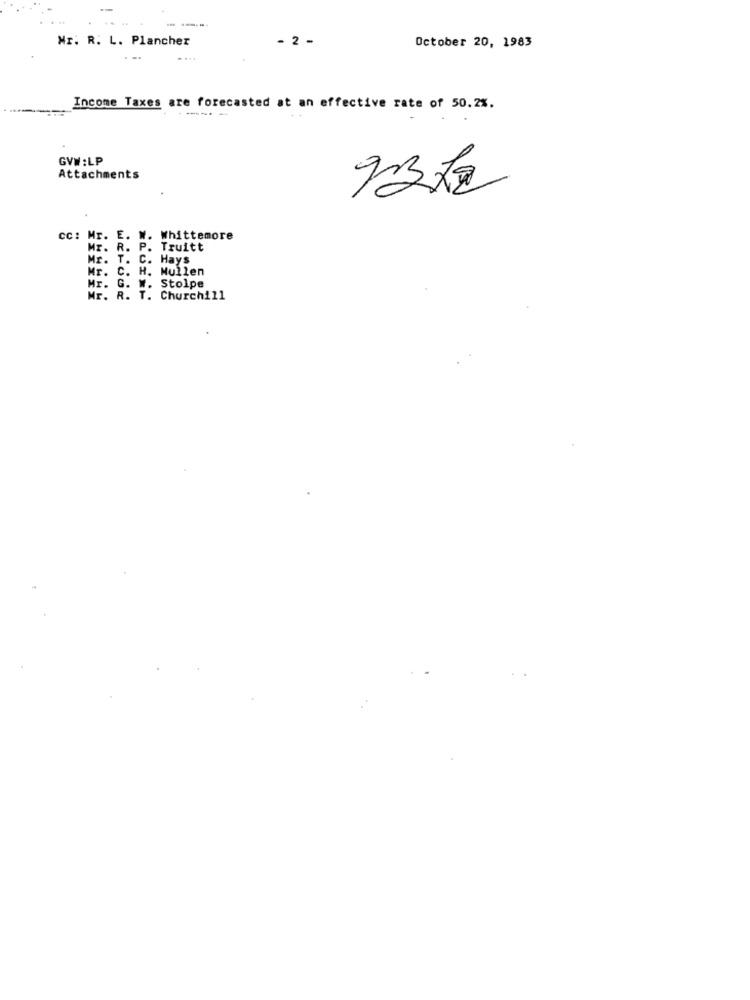
----
Mr. R. L. Plancher
- 2 -
October 20, 1983
Income Taxes are forecasted at an effective rate of 50.2%.
GVW :LP
Attachments
cc: Mr. E. W. Whittemore
Mr. R. P. Truitt
Mr. T. C. Hays
Mr. C. H. Mullen
Mr. G. W. Stolpe
Mr. R. T. Churchill